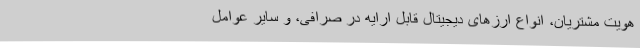
هویت مشتریان، انواع ارزهای دیجیتال قابل ارایه در صرافی، و سایر عوامل